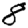
Digit: 8